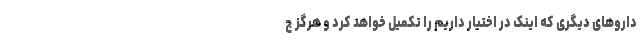
داروهای دیگری که اینک در اختیار داریم را تکمیل خواهد کرد و هرگز ج